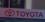
toyota